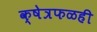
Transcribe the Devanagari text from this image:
क्षेत्रफळही